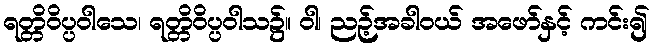
ရတ္တိဝိပ္ပဝါသေ၊ ရတ္တိဝိပ္ပဝါသ၌။ ဝါ၊ ညဉ့်အခါဝယ် အဖော်နှင့် ကင်း၍